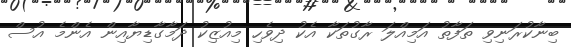
ބިނާކުރަނިވި ތަފާތު އަމިއްލަ ރާގުތަކާ އެކު ދިވެހި މިއުޒިކު ދަމާގާޑިޔާއިން އެންމެ އުސް